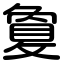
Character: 敻